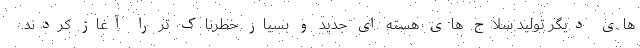
های دیگر تولید سلاح های هسته ای جدید و بسیار خطرناک تر را آغاز کردند.